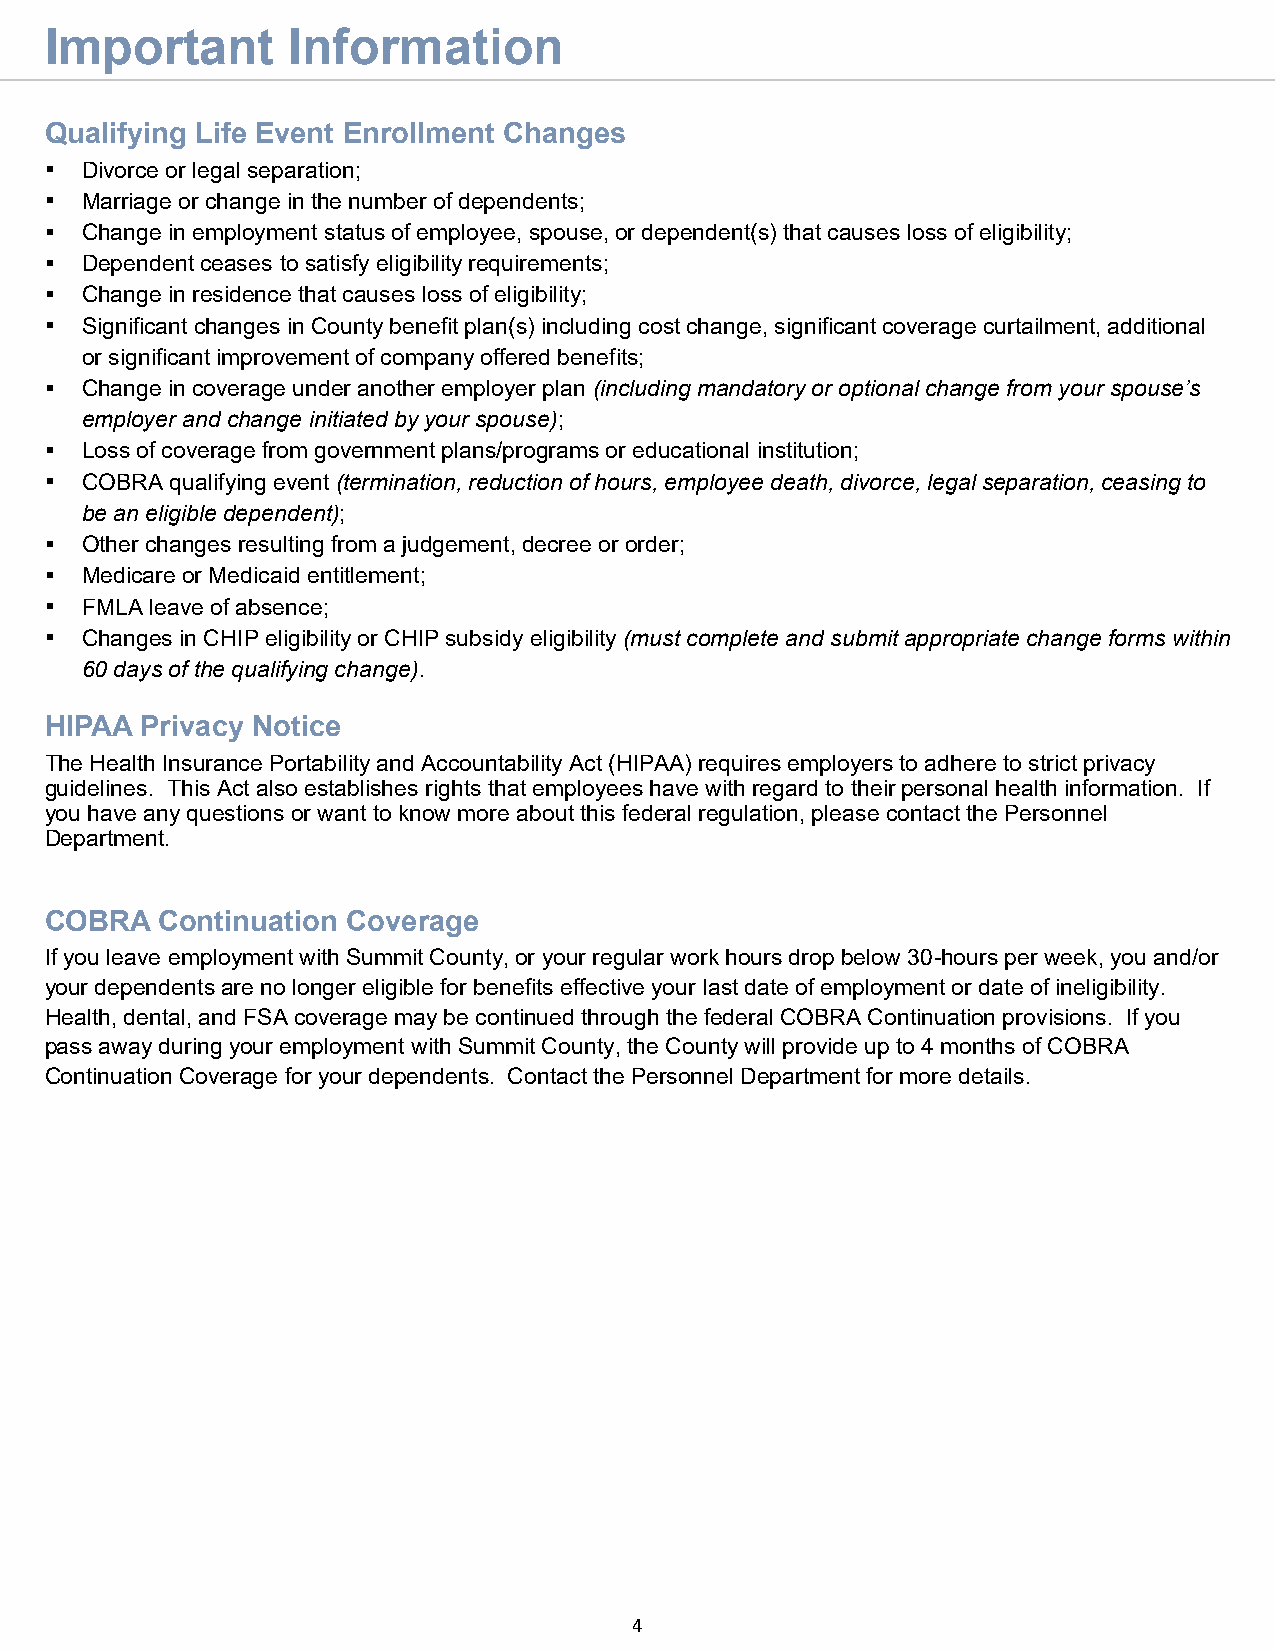
Important       Information
 Qualifying Life Event Enrollment Changes
 ▪ Divorce or legal separation;
 ▪ Marriage or change in the number of dependents;
 ▪ Change in employment status of employee, spouse, or dependent(s) that causes loss of eligibility;
 ▪ Dependent ceases to satisfy eligibility requirements;
 ▪ Change in residence that causes loss of eligibility;
 ▪ Significant changes in County benefit plan(s) including cost change, significant coverage curtailment, additional
 or significant improvement of company offered benefits;
 ▪ Change in coverage under another employer plan (including mandatory or optional change from your spouse’s
 employer and change initiated by your spouse);
 ▪ Loss of coverage from government plans/programs or educational institution;
 ▪ COBRA qualifying event (termination, reduction of hours, employee death, divorce, legal separation, ceasing to
 be an eligible dependent);
 ▪ Other changes resulting from a judgement, decree or order;
 ▪ Medicare or Medicaid entitlement;
 ▪ FMLA leave of absence;
 ▪ Changes in CHIP eligibility or CHIP subsidy eligibility (must complete and submit appropriate change forms within
 60 days of the qualifying change).
 HIPAA Privacy Notice
 The Health Insurance Portability and Accountability Act (HIPAA) requires employers to adhere to strict privacy
 guidelines. This Act also establishes rights that employees have with regard to their personal health information. If
 you have any questions or want to know more about this federal regulation, please contact the Personnel
 Department.
 COBRA  Continuation Coverage
 If you leave employment with Summit County, or your regular work hours drop below 30-hours per week, you and/or
 your dependents are no longer eligible for benefits effective your last date of employment or date of ineligibility.
 Health, dental, and FSA coverage may be continued through the federal COBRA Continuation provisions. If you
 pass away during your employment with Summit County, the County will provide up to 4 months of COBRA
 Continuation Coverage for your dependents. Contact the Personnel Department for more details.
 4